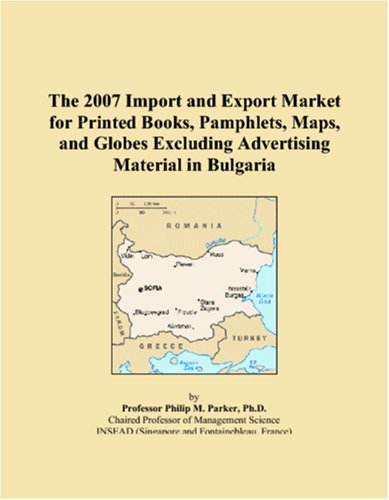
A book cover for The 2007 Import and Export Market for Printed Books, Pamphlets, Maps, and Globes Excluding Advertising Material in Bulgaria; Philip M. Parker; Travel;